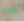
ارادة